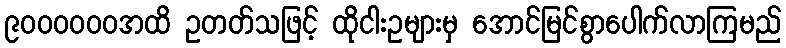
၉၀၀၀၀၀၀အထိ ဥတတ်သဖြင့် ထိုငါးဥများမှ အောင်မြင်စွာပေါက်လာကြမည်